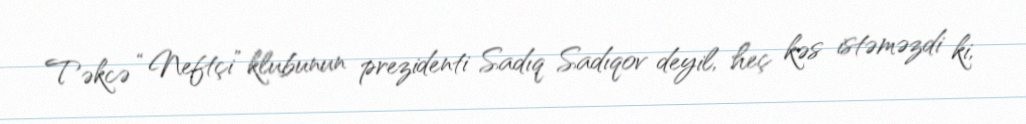
Təkcə “Neftçi” klubunun prezidenti Sadıq Sadıqov deyil, heç kəs istəməzdi ki,